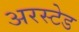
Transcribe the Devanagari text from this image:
अरस्टेड